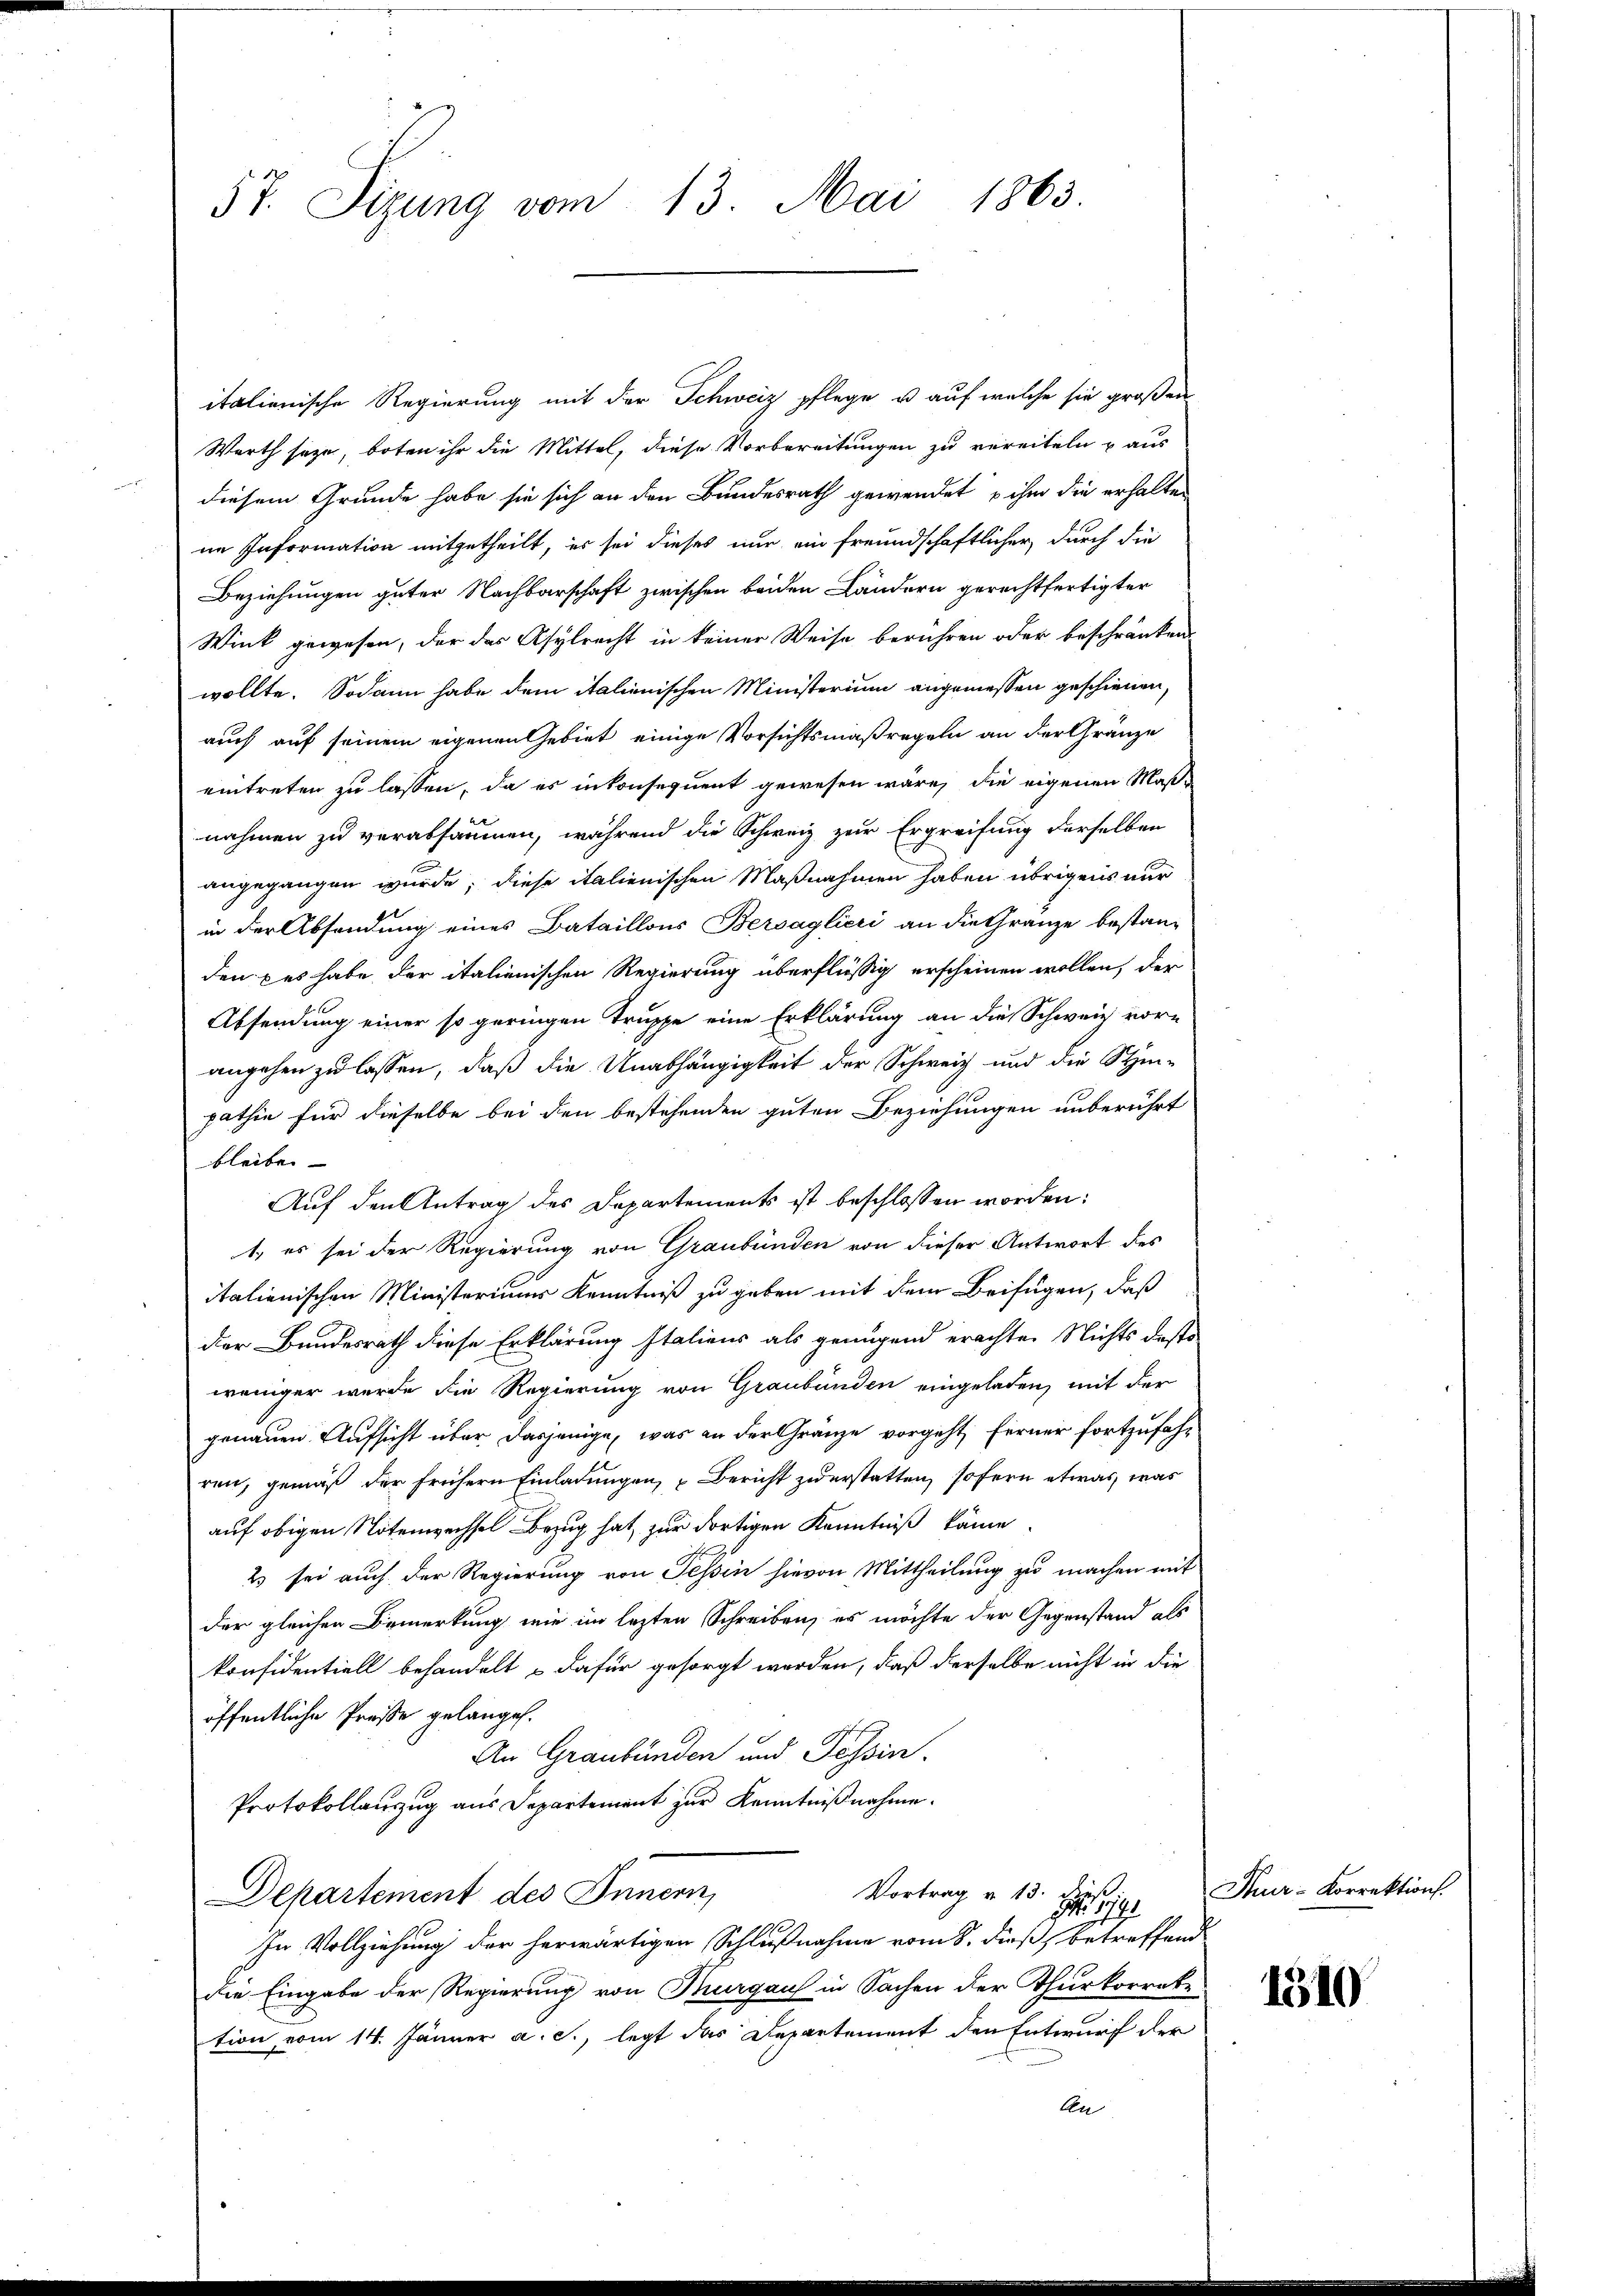
57. Sizung vom 13. Mai 1863.

italienische Regierung mit der Schweiz pflege u. auf welche sie großen
Werth seye, boten ihr die Mittel, diese Vorbereitungen zu vereiteln u aus
diesem Grunde habe sie sich an den Bundesrath gewendet ihm die erhalten
im Information mitgetheilt, es sei dieses nur ein freundschaftlicher durch die
Beziehungen guter Nachbarschaft zwischen beiden Ländern gerechtfertigter
Wink gewesen, der das Asylrecht in keiner Weise berühren oder beschränken
wollte. Sodann habe dem italienischen Ministerium angemessen geschienen,
auch auf seinem eigenen Gebiet einige Vorsichtsmaßregeln an der Gränze
eintreten zu lassen, da es inkonsequent gewesen wäre, die eigenen Maßnahmen zu verabsäumen, während die Schweiz zur Ergreifung derselben
angegangen wurde; diese italienischen Maßnahmen haben übrigens nur
in der Absendung eines Bataillons Bersaglieri an die Gränze bestan-
den; es habe der italienischen Regierung überflüssig erscheinen wollen, der
Absendung einer so geringen Truppe eine Erklärung an die Schweiz vor-
angehen zu lassen, daß die Unabhängigkeit der Schweiz und die Stim-
pathin für dieselbe bei den bestehenden guten Beziehungen unberührt
bleiben
Auf den Antrag des Departements ist beschlossen worden:
1. es sei der Regierung von Graubünden von dieser Antwort des
italienischen Ministeriums Kenntniß zu geben mit dem Beifügen, daß
der Bundesrath diese Erklärung Italiens als genügend erachten Nichts dass
weniger wurde die Regierung von Graubünden eingeladen, mit der
genauen Aufsicht über dasjenige, was an der Gränze vorgeht, ferner fortzufahren, gemäß der frühern Einladungen, Bericht zuerstatten, sofern etwas, was
auf obigen Notenwechsel Bezug hat, zur dortigen Kenntniß käme.
2 sei auch der Regierung von Tessin hievon Mittheilung zu machen mit
der gleichen Bemerkung wie im lezten Schreiben, es möchte der Gegenstand als
konsidentiell behandelt dafür gesorgt worden, daß derselbe nicht in die
öffentliche Presse gelangen.
An Graubünden und Tessin.
Protokollauzug aus Departement zur Kenntnißnahme.
Vortrag v. 13. dieß.
Departement des Innern,
r 1791
In Vollziehung der herwärtigen Schlußnahme vom 8. dieß betreffend
die Eingabe der Regierung von Margau in Sachen der Thurkorrete
tion vom 14. Jänner a. c., legt das Departement den Entwurf der
An

Thur-Korrektion

1510